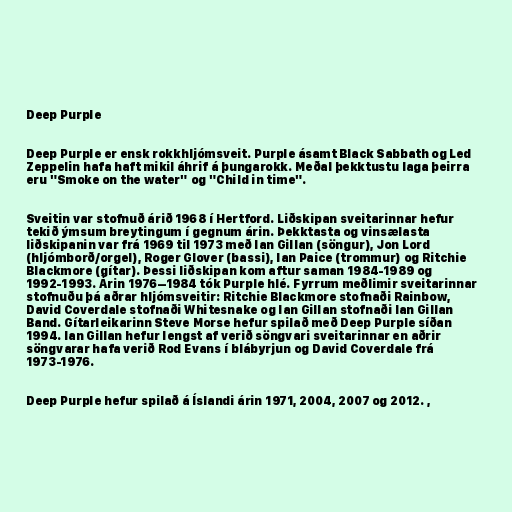
Deep Purple

Deep Purple er ensk rokkhljómsveit. Purple ásamt Black Sabbath og Led
Zeppelin hafa haft mikil áhrif á þungarokk. Meðal þekktustu laga þeirra
eru "Smoke on the water" og "Child in time".

Sveitin var stofnuð árið 1968 í Hertford. Liðskipan sveitarinnar hefur
tekið ýmsum breytingum í gegnum árin. Þekktasta og vinsælasta
liðskipanin var frá 1969 til 1973 með Ian Gillan (söngur), Jon Lord
(hljómborð/orgel), Roger Glover (bassi), Ian Paice (trommur) og Ritchie
Blackmore (gítar). Þessi liðskipan kom aftur saman 1984-1989 og
1992-1993. Árin 1976–1984 tók Purple hlé. Fyrrum meðlimir sveitarinnar
stofnuðu þá aðrar hljómsveitir: Ritchie Blackmore stofnaði Rainbow,
David Coverdale stofnaði Whitesnake og Ian Gillan stofnaði Ian Gillan
Band. Gítarleikarinn Steve Morse hefur spilað með Deep Purple síðan
1994. Ian Gillan hefur lengst af verið söngvari sveitarinnar en aðrir
söngvarar hafa verið Rod Evans í blábyrjun og David Coverdale frá
1973-1976.

Deep Purple hefur spilað á Íslandi árin 1971, 2004, 2007 og 2012. ,